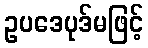
ဥပဒေပုဒ်မဖြင့်